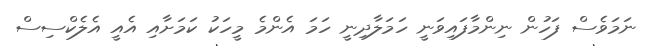
ނަމަވެސް ފަހުން ނިންމާފައިވަނީ ހަމަލާދިނީ ހަމަ އެންމެ މީހަކު ކަމަށާއި އެއީ އެލެކްސިސް